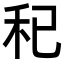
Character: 𥝗